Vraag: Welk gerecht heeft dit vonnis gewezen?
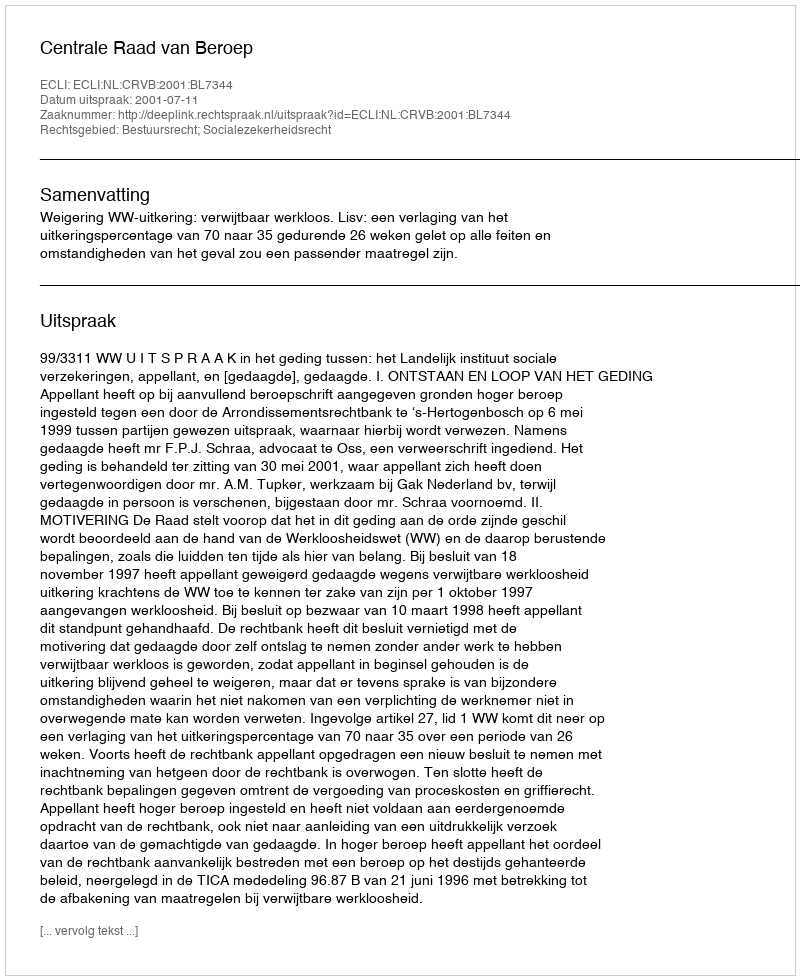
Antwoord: Centrale Raad van Beroep